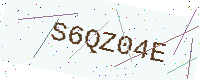
Text: S6QZ04E